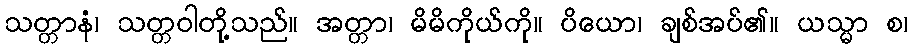
သတ္တာနံ၊ သတ္တဝါတို့သည်။ အတ္တာ၊ မိမိကိုယ်ကို။ ပိယော၊ ချစ်အပ်၏။ ယသ္မာ စ၊